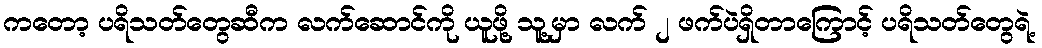
ကတော့ ပရိသတ်တွေဆီက လက်ဆောင်ကို ယူဖို့ သူ့မှာ လက် ၂ ဖက်ပဲရှိတာကြောင့် ပရိသတ်တွေရဲ့